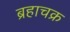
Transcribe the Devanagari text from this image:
ब्रहाचक्र